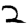
Digit: 2